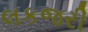
લકજરી